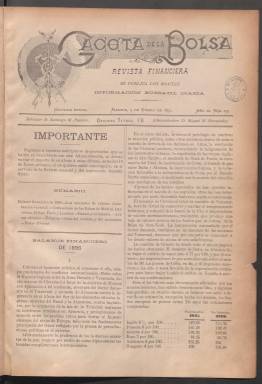
Título: Gaceta de la bolsa
Colección: Economía
Ámbito geográfico: Madrid
Lugar de publicación: Madrid
Fechas: 05/01/1897-30/12/1905